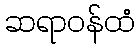
ဆရာဝန်ထံ